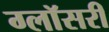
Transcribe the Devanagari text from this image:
ग्लॉसरी